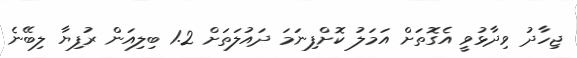
ޖިހާދު ވިދާޅުވީ އެގޮތަށް އަމަލު ކޮށްފިނަމަ ދައުލަތަށް 1.2 ބިލިއަން ރުފިޔާ ލިބޭނެ